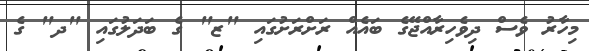
މިހާރު ވެސް ދިވެހިރާއްޖޭގެ ބައެއް ރަށްރަށުގައި "ޒ" ގެ ބަދަލުގައި "ދ" ގެ